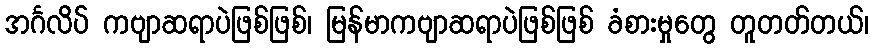
အင်္ဂလိပ် ကဗျာဆရာပဲဖြစ်ဖြစ်၊ မြန်မာကဗျာဆရာပဲဖြစ်ဖြစ် ခံစားမှုတွေ တူတတ်တယ်၊